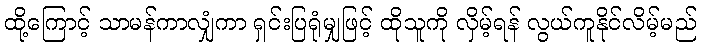
ထို့ကြောင့် သာမန်ကာလျှံကာ ရှင်းပြရုံမျှဖြင့် ထိုသူကို လှိမ့်ရန် လွယ်ကူနိုင်လိမ့်မည်